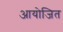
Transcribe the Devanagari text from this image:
आयोजित